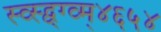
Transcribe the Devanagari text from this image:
स्व्स्द्व्ग्व्म्४६५४